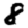
Digit: 8